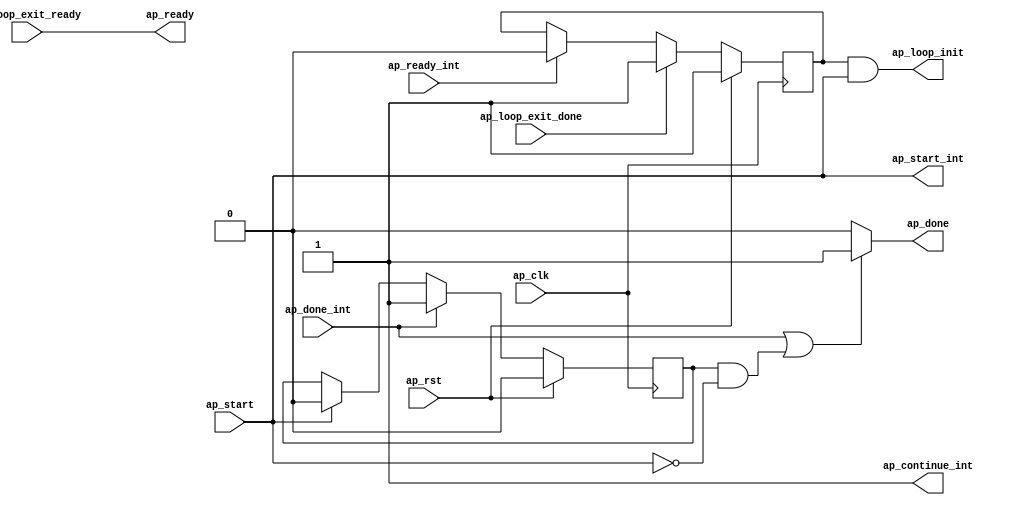
// ==============================================================
// Vitis HLS - High-Level Synthesis from C, C++ and OpenCL v2022.1 (64-bit)
// Tool Version Limit: 2022.04
// Copyright 1986-2022 Xilinx, Inc. All Rights Reserved.
// ==============================================================

`timescale 1 ns / 1 ps

module read_romcode_flow_control_loop_pipe_sequential_init(
        ap_clk,
        ap_rst,
        ap_start,
        ap_ready,
        ap_done,
        ap_start_int,
        ap_ready_int,
        ap_done_int,
        ap_continue_int,
        ap_loop_init,
        ap_loop_exit_ready,
        ap_loop_exit_done
);

input   ap_clk;
input   ap_rst;

//Block level handshake with outside loop
input   ap_start;
output  ap_ready;
output  ap_done;

//Block level handshake with loop body
output  ap_start_int;
input   ap_ready_int;
input   ap_done_int;
output  ap_continue_int;

//Init live in variables
output   ap_loop_init;
wire     ap_loop_init;
reg ap_loop_init_int;
reg ap_done;
reg ap_done_cache;

//Exit signal from loop body
input   ap_loop_exit_ready;
input   ap_loop_exit_done;

// power-on initialization
initial begin
#0 ap_loop_init_int = 1'b1;
#0 ap_done_cache = 1'b0;
end

assign ap_start_int = ap_start;

assign ap_continue_int = 1'b1;

assign ap_ready = ap_loop_exit_ready;

//ap_loop_init is valid for the first II
//of the first loop run so as to enable
//the init block ops which are pushed into
//the first state of the pipeline region
always @ (posedge ap_clk)
begin
    if (ap_rst == 1'b1) begin
        ap_loop_init_int <= 1'b1;
    end else if(ap_loop_exit_done == 1'b1) begin
        ap_loop_init_int <= 1'b1;
    end else if(ap_ready_int == 1'b1) begin
        ap_loop_init_int <= 1'b0;
    end
end

assign ap_loop_init = ap_loop_init_int & ap_start;

// if no ap_continue port and current module is not top module, 
// ap_done handshakes with ap_start. Internally, flow control sends out 
// ap_conintue_int = 1'b1 so the ap_done_int is asserted high for 1 clock cycle.
// ap_done_cache is used to record ap_done_int, and de-assert if ap_start_int
// is asserted, so DUT can start the next run
always @(posedge ap_clk)
begin
    if (ap_rst == 1'b1) begin
        ap_done_cache <= 1'b0;
    end else if (ap_done_int == 1'b1) begin
        ap_done_cache <= 1'b1;
    end else if (ap_start_int == 1'b1) begin
        ap_done_cache <= 1'b0;
    end
end

// if no ap_continue port and current module is not top module, ap_done handshakes with ap_start
always @(*)
begin
    if ((ap_done_int == 1'b1) || ((ap_done_cache == 1'b1) && (ap_start_int == 1'b0))) begin
        ap_done = 1'b1;
    end else begin
        ap_done = 1'b0;
    end
end

endmodule